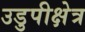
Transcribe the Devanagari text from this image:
उडुपीक्षेत्र